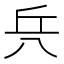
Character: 𠔊